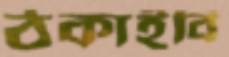
ঠকাইবি